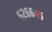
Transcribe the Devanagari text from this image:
६२६६४५